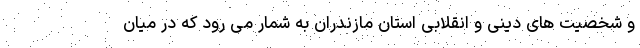
و شخصیت های دینی و انقلابی استان مازندران به شمار می رود که در میان